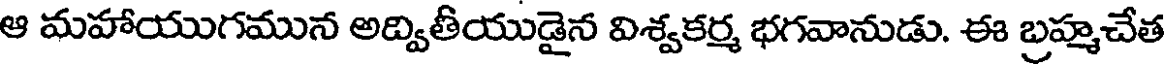
ఆ మహాయుగమున అద్వితీయుడైన విశ్వకర్మ భగవానుడు. ఈ బ్రహ్మచేత